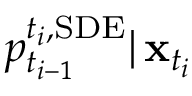
p _ { t _ { i - 1 } } ^ { t _ { i } , \mathrm { S D E } } | \, \mathbf { x } _ { t _ { i } }